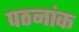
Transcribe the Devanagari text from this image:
पठनांक